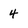
Character: 4